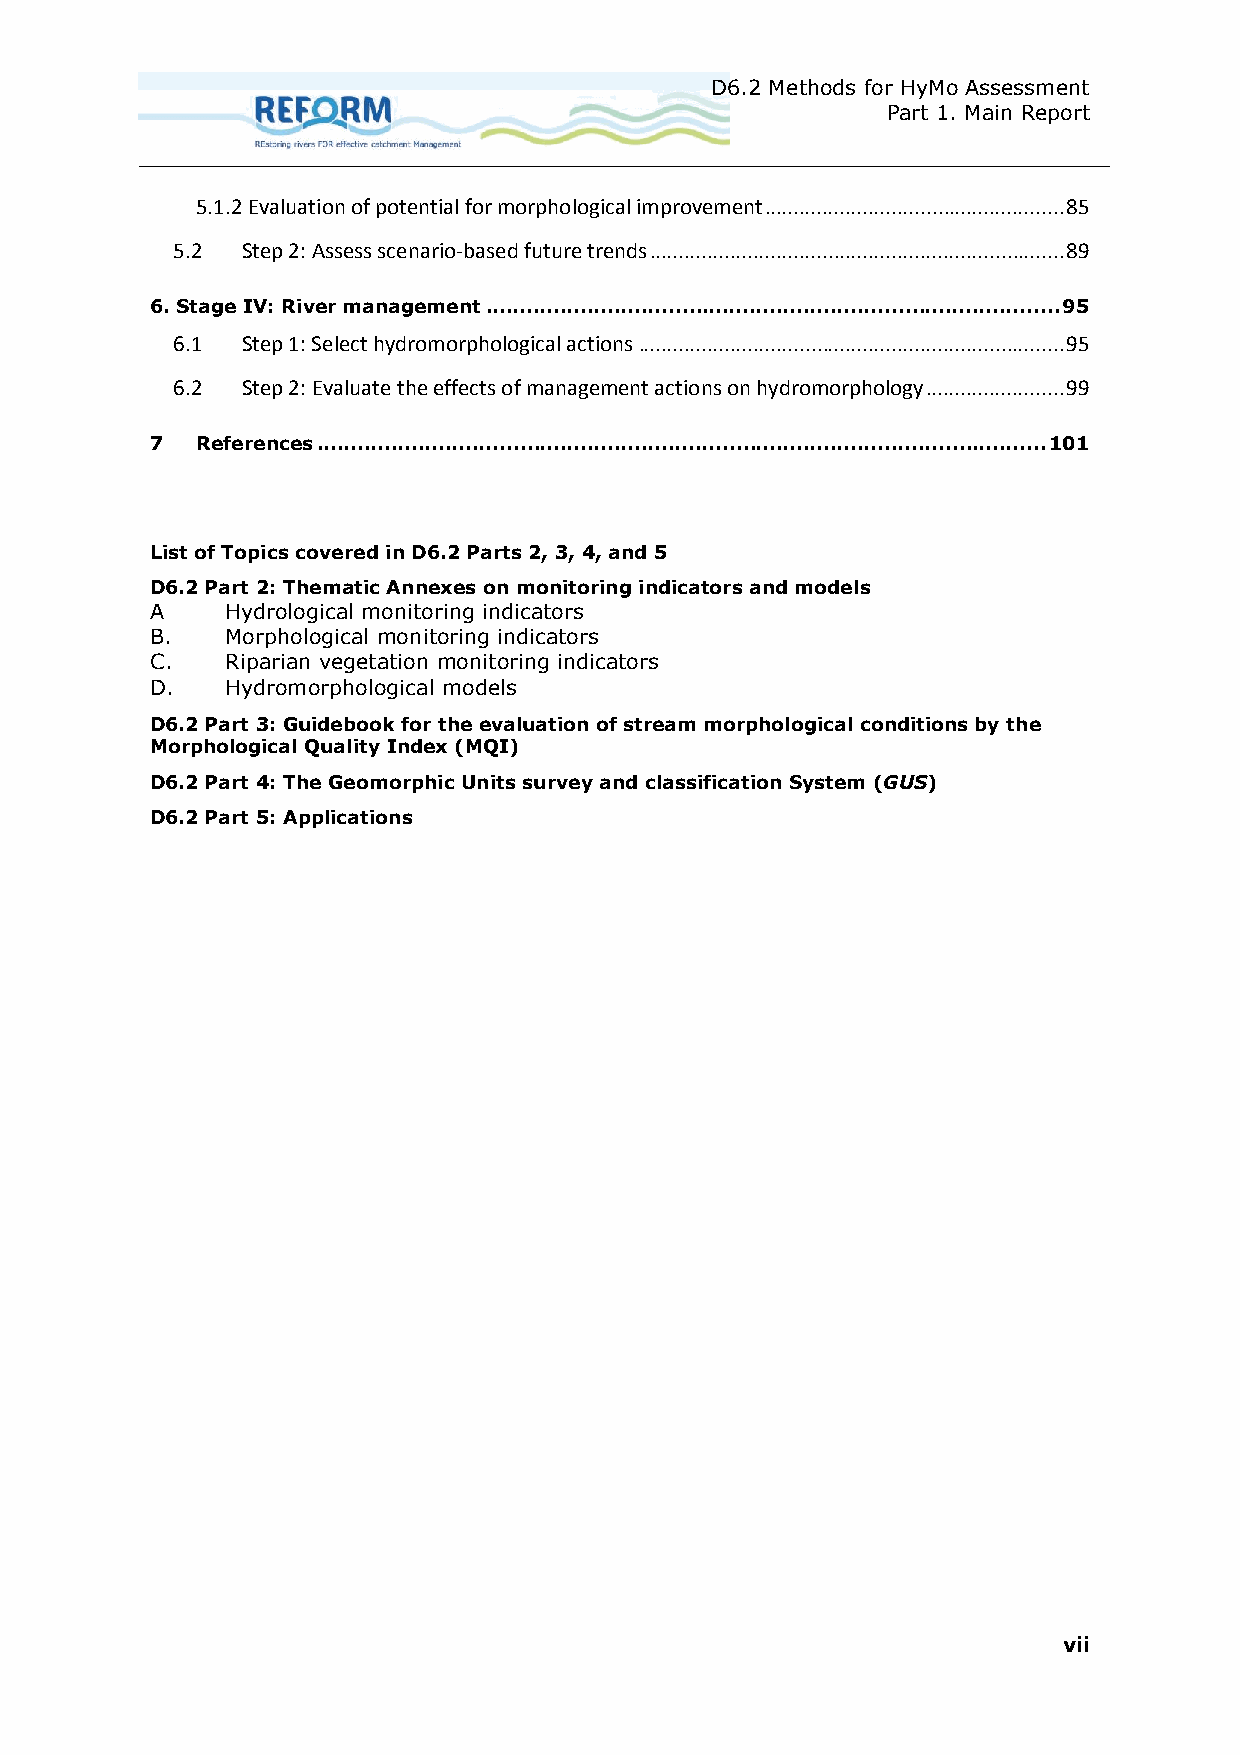
D6.2 Methods for HyMo Assessment
 Part 1. Main Report
 5.1.2 Evaluation of potential for morphological improvement .................................................... 85
 5.2  Step 2: Assess scenario-based future trends ........................................................................ 89
 6. Stage IV: River management ..................................................................................... 95
 6.1  Step 1: Select hydromorphological actions .......................................................................... 95
 6.2  Step 2: Evaluate the effects of management actions on hydromorphology ........................ 99
 7  References ............................................................................................................ 101
 List of Topics covered in D6.2 Parts 2, 3, 4, and 5
 D6.2 Part 2: Thematic Annexes on monitoring indicators and models
 A    Hydrological monitoring indicators
 B.   Morphological monitoring indicators
 C.   Riparian vegetation monitoring indicators
 D.   Hydromorphological models
 D6.2 Part 3: Guidebook for the evaluation of stream morphological conditions by the
 Morphological Quality Index (MQI)
 D6.2 Part 4: The Geomorphic Units survey and classification System (GUS)
 D6.2 Part 5: Applications
 vii